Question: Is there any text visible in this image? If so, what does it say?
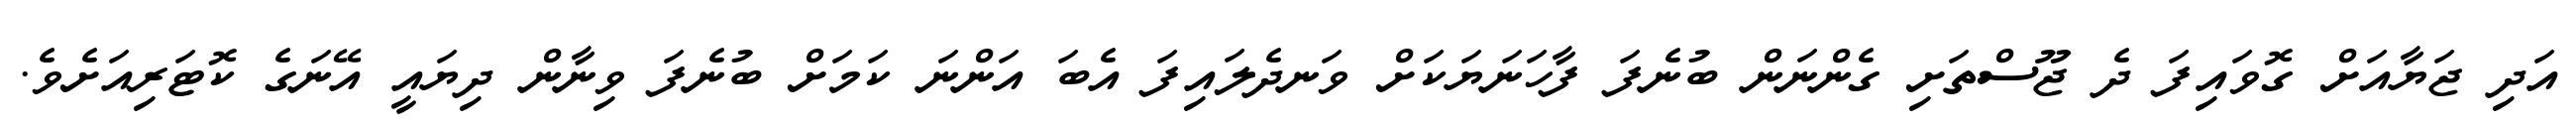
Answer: އަދި ޖަޔާއަށް ގޮވައިފަ ދެ ޖޫސްތަށި ގެންނަން ބުނެފަ ފާހަނަޔަކަށް ވަނދެލައިފަ އެބަ އަންނަ ކަމަށް ބުނެފަ ވިނާން ދިޔައީ އޭނަގެ ކޮޓަރިއަށެވެ.